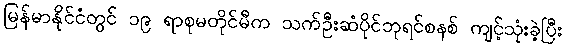
မြန်မာနိုင်ငံတွင် ၁၉ ရာစုမတိုင်မီက သက်ဦးဆံပိုင်ဘုရင်စနစ် ကျင့်သုံးခဲ့ပြီး